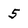
Character: 5